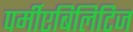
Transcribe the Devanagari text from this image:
पर्मीएबिलिटिज